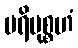
ပရိမုစ္စဟံ